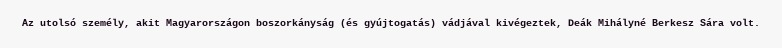
Az utolsó személy, akit Magyarországon boszorkányság (és gyújtogatás) vádjával kivégeztek, Deák Mihályné Berkesz Sára volt.